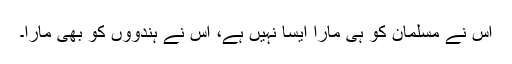
اس نے مسلمان کو ہی مارا ایسا نہیں ہے، اس نے ہندوؤں کو بھی مارا۔